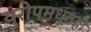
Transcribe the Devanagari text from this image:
युरोपमधूनही